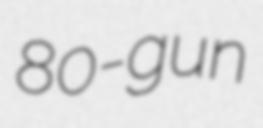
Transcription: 80-gun